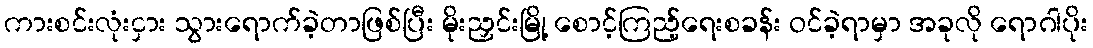
ကားစင်းလုံးငှား သွားရောက်ခဲ့တာဖြစ်ပြီး မိုးညှင်းမြို့ စောင့်ကြည့်ရေးစခန်း ဝင်ခဲ့ရာမှာ အခုလို ရောဂါပိုး